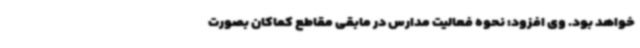
خواهد بود. وی افزود: نحوه فعالیت مدارس در مابقی مقاطع کماکان بصورت